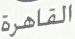
القاهرة